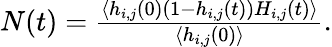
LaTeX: \begin{array}{r}{N(t)=\frac{\langle h_{i,j}(0)(1-h_{i,j}(t))H_{i,j}(t)\rangle}{\langle h_{i,j}(0)\rangle}.}\end{array}